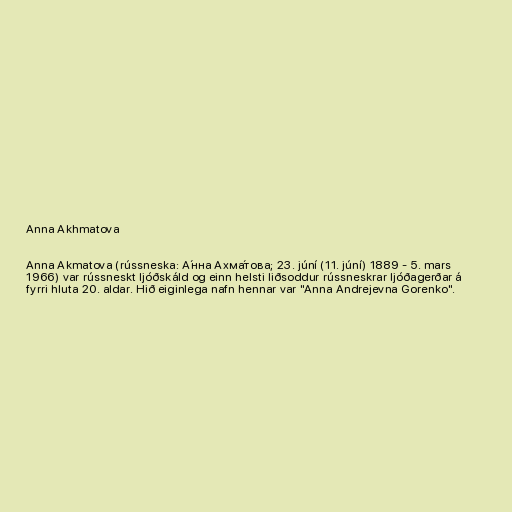
Anna Akhmatova

Anna Akmatova (rússneska: А́нна Ахма́това; 23. júní (11. júní) 1889 - 5. mars
1966) var rússneskt ljóðskáld og einn helsti liðsoddur rússneskrar ljóðagerðar á
fyrri hluta 20. aldar. Hið eiginlega nafn hennar var "Anna Andrejevna Gorenko".